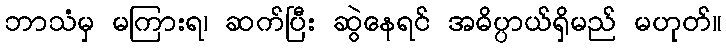
ဘာသံမှ မကြားရ၊ ဆက်ပြီး ဆွဲနေရင် အဓိပ္ပာယ်ရှိမည် မဟုတ်။